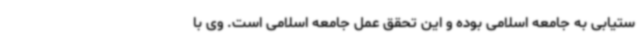
ستیابی به جامعه اسلامی بوده و این تحقق عمل جامعه اسلامی است. وی با